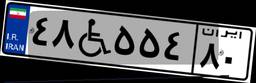
۴۸W۵۵۴۸۰